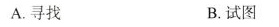
A.寻找 B.试图